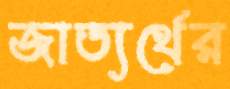
জাত্যর্থের